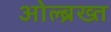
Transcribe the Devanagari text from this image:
ओल्ब्रख्त